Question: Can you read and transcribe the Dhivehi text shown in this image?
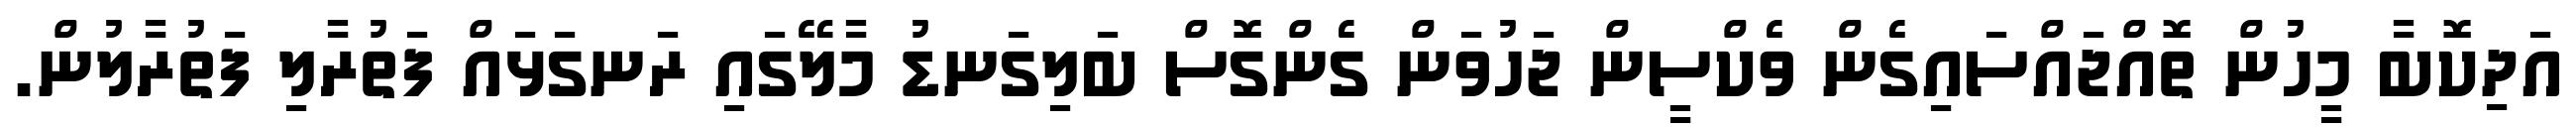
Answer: އަދިކޮބާ މީހުން ތޮއްޖައްސައިގެން ވެކްސީން ޖަހުވަން ގެންގޮސް ބަލިގަނޑު މާލޭގައި ރަނގަޅައް ފަތުރާލި ފަތުރާލުން.